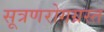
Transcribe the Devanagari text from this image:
सूत्रणरोगग्रस्त